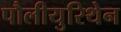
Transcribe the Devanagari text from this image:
पौलीयुरिथेन